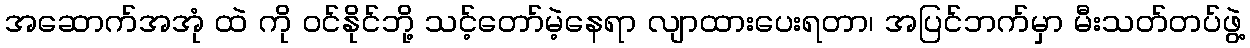
အဆောက်အအုံ ထဲ ကို ဝင်နိုင်ဘို့ သင့်တော်မဲ့နေရာ လျာထားပေးရတာ၊ အပြင်ဘက်မှာ မီးသတ်တပ်ဖွဲ့